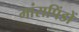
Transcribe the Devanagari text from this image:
मांसपिंडों